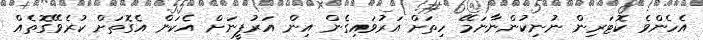
އެހެންވެ ކޮޓަރިން ނުނިކުންނާނަމޭ ހިތަށް އަރުވައިގެން އިން އަރުފީނަށް އެކަން އެގޮތަށް ކުރެވޭގޮތެއް